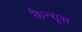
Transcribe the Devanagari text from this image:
कैन्यूस